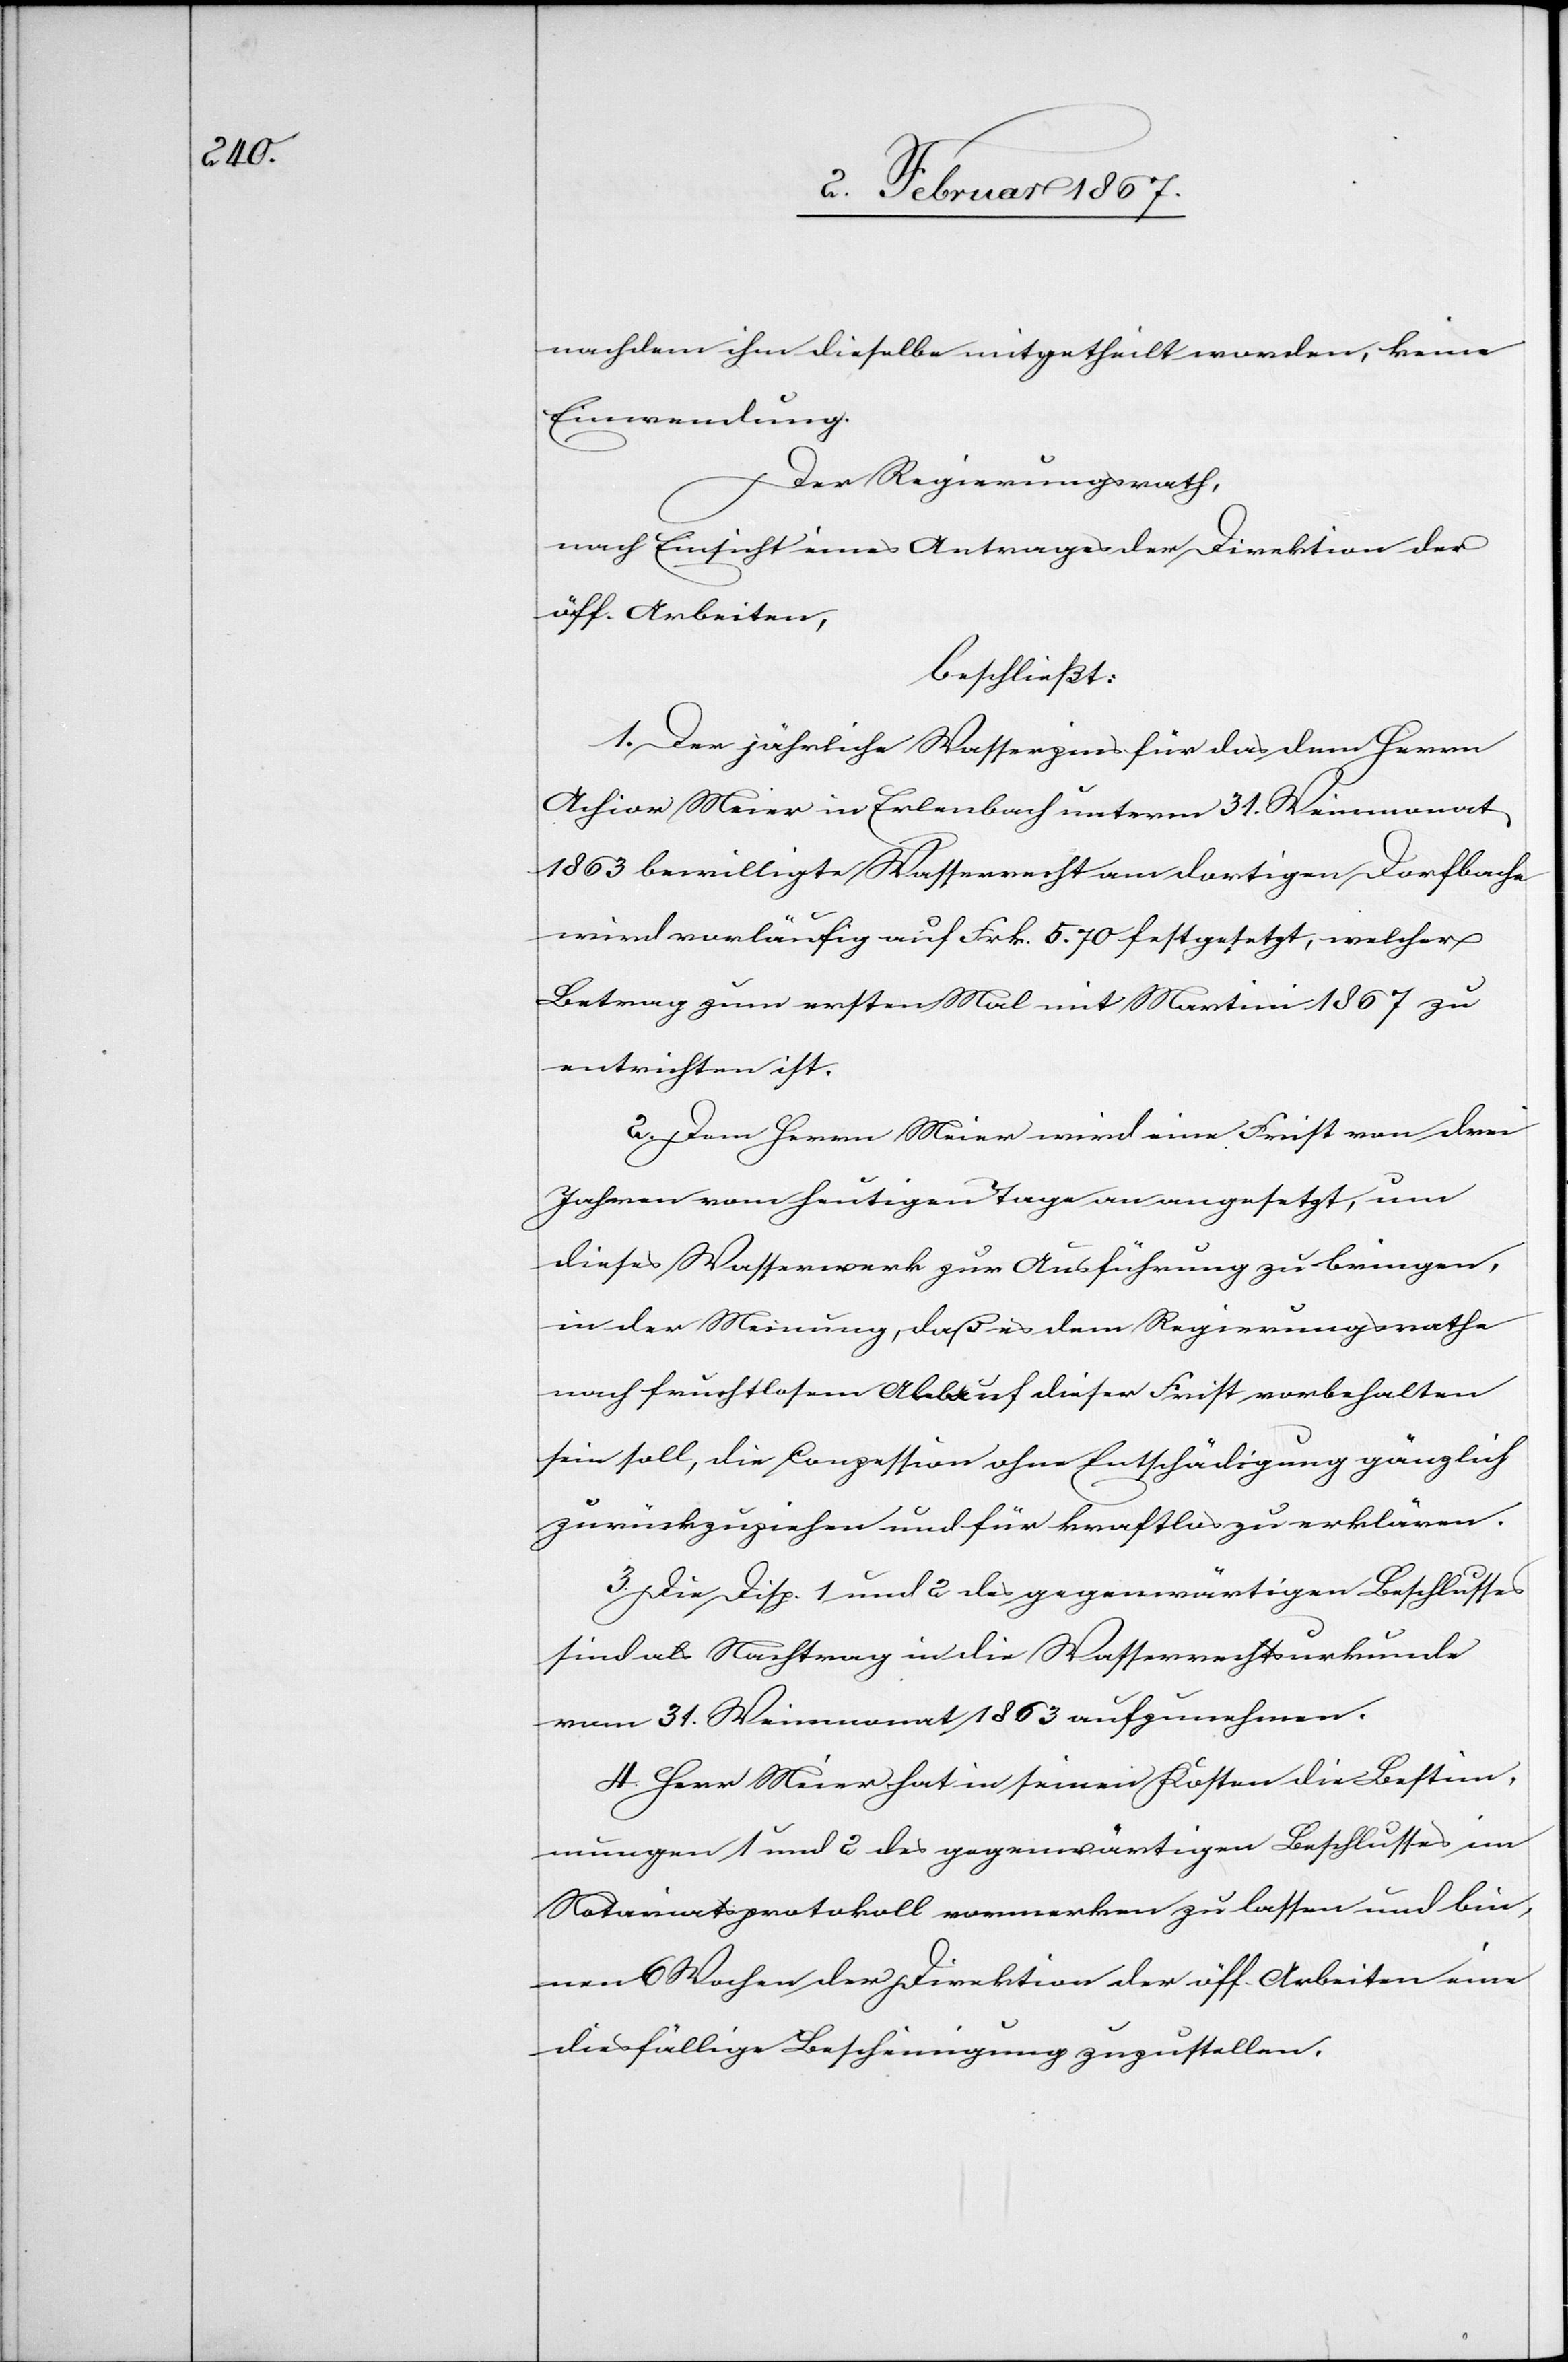
nachdem ihm dieselbe mitgetheilt worden, keine
Einwendung.
Der Regierungsrath,
nach Einsicht eines Antrages der Direktion der
öff. Arbeiten,
beschließt:
1. Der jährliche Wasserzins für das dem Herrn
Achior Meier in Erlenbach unterm 31. Weinmonat
1863 bewilligte Wasserrecht am dortigen Dorfbache
wird vorläufig auf Frk. 5. 70 festgesetzt, welcher
Betrag zum ersten Mal mit Martini 1867 [recte:
entrichten ist.
2. Dem Herrn Meier wird eine Frist von drei
Jahren vom heutigen Tage an angesetzt, um
dieses Wasserwerk zur Ausführung zu bringen,
in der Meinung, daß es dem Regierungsrathe
nach fruchtlosem Ablauf dieser Frist vorbehalten
sein soll, die Conzession ohne Entschädigung gänzlich
zurückzuziehen und für kraftlos zu erklären.
3. Die Disp. 1 und 2 des gegenwärtigen Beschlusses
sind als Nachtrag in die Wasserrechtsurkunde
vom 31. Weinmonat 1863 aufzunehmen.
4. Herr Meier hat in seinen Kosten die Bestim¬
mungen 1 und 2 des gegenwärtigen Beschlusses im
Notariatsprotokoll vermerken zu lassen und bin¬
nen 6 Wochen der Direktion der öff. Arbeiten eine
diesfällige Bescheinigung zuzustellen.